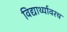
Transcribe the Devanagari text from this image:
विद्यार्थ्यावरच